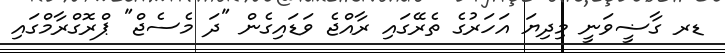
ޑރ ގާޟީވަނީ މިދިޔަ އަހަރުގެ ތެރޭގައި ރާއްޖެ ވަޑައިގެން "ދަ މެސެޖް" ޕްރޮގްރާމްގައި